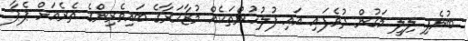
ބުނެފި ލިލީ މަގުން ދުވެފައި އައި ފުލުހުންތަކެއް މުޒާހަރާގެ ބައިވެރިންގެ ތެރެއަށް ޕެޕާ